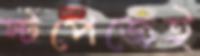
স্টপেজেই